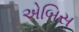
એબિસ